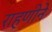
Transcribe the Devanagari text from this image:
राहणीने